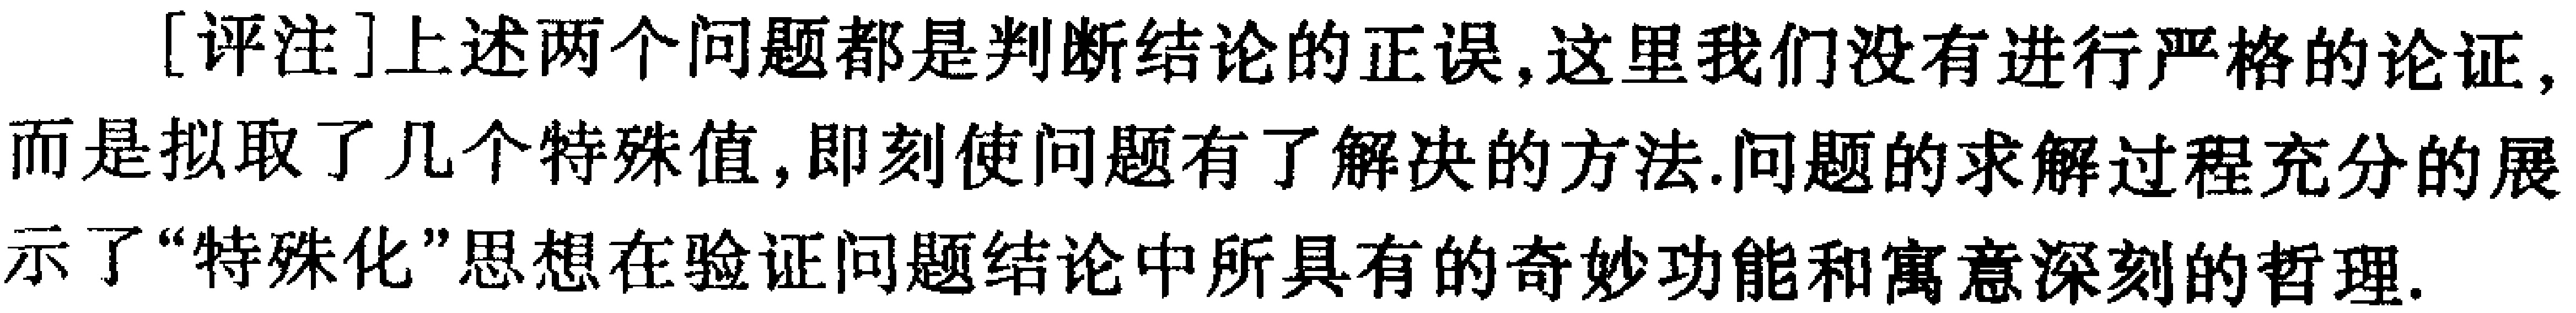
[评注]上述两个问题都是判断结论的正误, 这里我们没有进行严格的论证, 而是拟取了几个特殊值, 即刻使问题有了解决的方法. 问题的求解过程充分的展示了“特殊化”思想在验证问题结论中所具有的奇妙功能和寓意深刻的哲理.